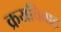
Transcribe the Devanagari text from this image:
क्रयविवाह